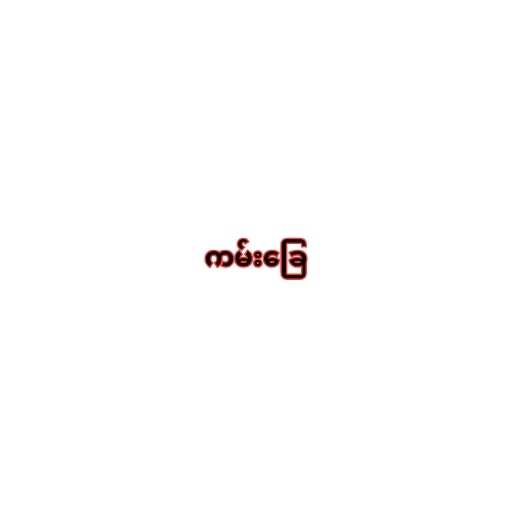
ကမ်းခြေ